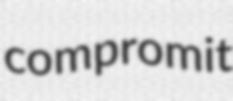
compromit